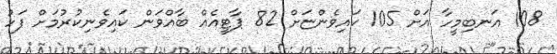
108 އަނބިމީހާ އަށް 105 ކައިވެންޏަށް 82 ޕާޓީއެއް ބާއްވަން ކައިވެނިކުރުމަށް ފަހު